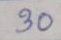
30